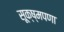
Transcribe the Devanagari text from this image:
सूक्ष्मपणा